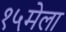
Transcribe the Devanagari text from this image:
१५मेला